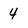
Character: 4